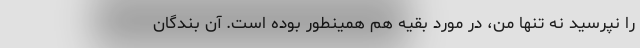
را نپرسید نه تنها من، در مورد بقیه هم همینطور بوده است. آن بندگان